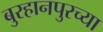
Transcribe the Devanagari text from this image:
बुरहानपुरच्या